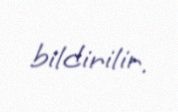
bildirilir.